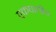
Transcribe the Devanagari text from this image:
एकघातीय